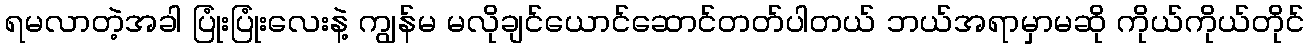
ရမလာတဲ့အခါ ပြုံးပြုံးလေးနဲ့ ကျွန်မ မလိုချင်ယောင်ဆောင်တတ်ပါတယ် ဘယ်အရာမှာမဆို ကိုယ်ကိုယ်တိုင်